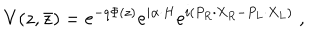
V ( z , \bar { z } ) = e ^ { - q \Phi ( z ) } e ^ { i \alpha \cdot H } e ^ { i ( P _ { R } \cdot X _ { R } - P _ { L } \cdot X _ { L } ) } \; ,